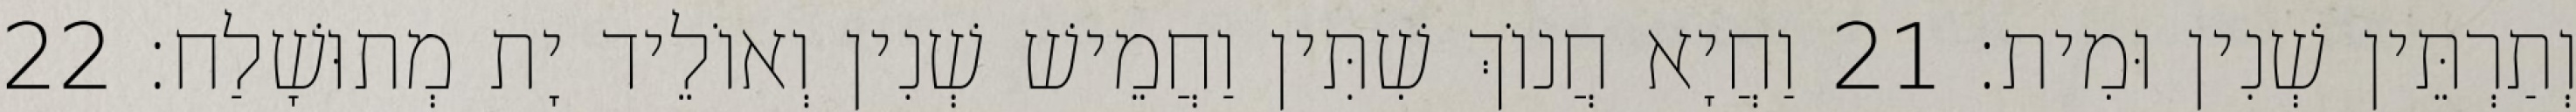
וְתַרְתֵּין שְׁנִין וּמִית׃ 21 וַחֲיָא חֲנוֹךְ שִׁתִּין וַחֲמֵישׁ שְׁנִין וְאוֹלֵיד יָת מְתוּשָׁלַח׃ 22